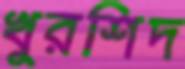
খুরশিদ